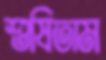
শুষিতাম